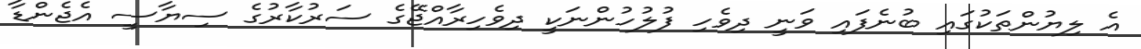
އެ ލިޔުންތަކުގައި ބުނެފައި ވަނީ ދިވެހި ފުލުހުންނަކީ ދިވެހިރާއްޖޭގެ ސަރުކާރުގެ ސިޔާސީ އެޖެންޑާ